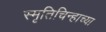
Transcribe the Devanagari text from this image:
स्मृतिचिन्हाच्या